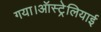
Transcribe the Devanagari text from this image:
गया।ऑस्ट्रेलियाई